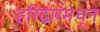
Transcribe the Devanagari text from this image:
हरिद्वारमधून